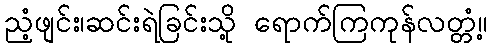
ညံ့ဖျင်း၊ဆင်းရဲခြင်းသို့ ရောက်ကြကုန်လတ္တံ့။